Report on vaccination in Madras 1904-1921 - 1904-1921
Year: 1904
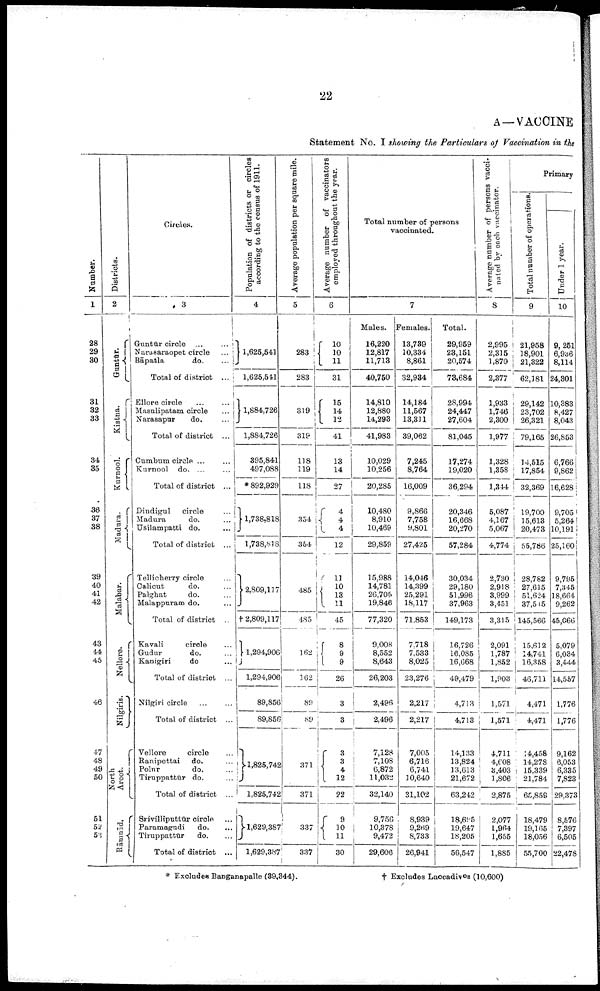
22
A—VACCINE
Statement No. I showing the Particulars of Vaccination in the
Number.
1
28
29
30
31
32
33
34
35
36
37
38
39
40
41
42
43
44
45
46
47
48
49
50
51
52
53
Districts.
2
Guntūr.
Kistna.
Kurnool.
Madura.
Malabar.
Nellore.
Nilgiris.
North
Arcot.
Rāmmād.
Circles.
3
Guntūr circle ... ...
Narasaraopet circle ...
Bāpatla
do. ...
Total of district ...
Ellore circle ...
Masulipatam circle ...
Narasapur
do. ...
Total of district ...
Cumbum circle ...
Kurnool do. ...
Total of district ...
Dindigul
circle ...
Madura
do. ...
Usilampatti do. ...
Total of district ...
Tellicherry circle ...
Calicut
do. ...
Palghat
do. ...
Malappuram do. ...
Total of district
Kavali
circle ...
Gudur
do. ...
Kanigiri
do ...
Total of district ...
Nilgiri circle ... ...
Total of district ...
Vellore
circle ...
Ranipettai
do. ...
Polur
do. ...
Tiruppattūr do. ...
Total of district ...
Srivilliputtur circle
Paramagudi
do. ...
Tiruppattur
do. ...
Total of district ...
Population of districts or circles
according to the census of 1911.
4
1,625,541
1,625,541
11,884,726
1,884,726
395,841
497,088
*892,929
1,738,818
1,788,818
2,809,117
†2,809,117
1,294,906
1,294,906
89,856
89,856
1,825,742
1,825,742
1,629,387
1,629,387
Average population per square mile.
5
283
283
319
319
118
119
118
354
354
485
485
162
162
89
89
371
371
337
337
Average number of vaccinators
employed throughout the year.
6
10
10
11
31
15
14
12
41
13
14
27
4
4
4
12
11
10
13
11
45
8
9
9
26
3
3
3
3 4
12
22
9
10
11
30
Total number of persons
vaccinated.
7
Males.
16,220
12,817
11,713
40,750
14,810
12,880
14,293
41,983
10,029
10,256
20,285
10,480
8,910
10,469
29,859
15,988
14,781
26,705
19,846
77,320
9,008
8,552
8,643
26,203
2,496
2,496
7,128
7,108
6,872
11,032
32,140
9,756
10,378
9,472
29,606
Females.
13,789
10,334
8,861
32,934
14,184
11,567
13,311
39,062
7,245
8,764
16,009
9,866
7,758
9,801
27,425
14,046
14,399
25,291
18,117
71,853
7,718
7,533
8,025
23,276
2,217
2,217
7,005
6,716
6,741
10,640
31,102
8,939
9,269
8,733
26,941
Total.
29,959
28,151
20,574
78,684
28,994
24,447
27,604
81,045
17,274
19,020
36,294
20,346
16,668
20,270
57,284
30,034
29,180
51,996
37,963
149,173
16,726
16,085
16,668
49,479
4,713
4,713
14,133
13,824
13,613
21,672
63,242
18,695
19,647
18,205
56,547
Average number of persons vacci
nated by each vaccinator.
8
2,995
2,315
1,870
2,377
1,933
1,746
2,300
1,977
1,328
1,358
1,344
5,087
4,167
5,067
4,774
2,730
2,918
3,999
3,451
3,315
2,091
1,787
1,852
1,903
1,571
1,571
4,711
4,608
3,403
1,806
2,875
2,077
1,964
1,655
1,885
Primary
Total number of operations.
9
21,958
18,901
21,322
62,181
29,142
23,702
26,321
79,165
14,515
17,854
32,369
19,700
15,613
20,473
55,786
28,782
27,615
51,624
37,515
145,566
15,612
14,741
16,358
46,711
4,471
4,471
14,458
14,278
15,339
21,784
65,859
18,479
19,165
18,056
55,700
Under 1 year.
10
9,251
6,936
8,114
24,301
10,383
8,427
8,043
26,853
6,766
9,862
16,628
9,705
5,264
10,191
25,160
9,795
7,345
18,664
9,262
45,066
5,079
6,034
3,444
14,557
1,776
1,776
9,162
6,053
6,335
7,823
29,373
8,576
7,397
6,505
22,478
* Excludes Banganapalle (39,344).
† Excludes Laccadives (10,600)